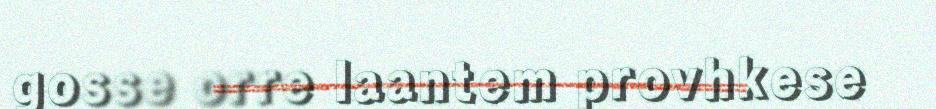
gosse orre laantem provhkese